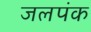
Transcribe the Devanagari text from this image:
जलपंक